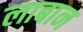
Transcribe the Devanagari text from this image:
लाबान